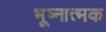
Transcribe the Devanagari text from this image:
भूष्नात्मक